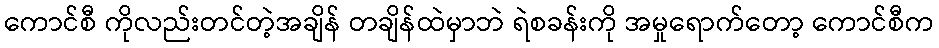
ကောင်စီ ကိုလည်းတင်တဲ့အချိန် တချိန်ထဲမှာဘဲ ရဲစခန်းကို အမှုရောက်တော့ ကောင်စီက